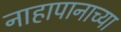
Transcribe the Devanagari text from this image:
नाहापानाच्या